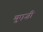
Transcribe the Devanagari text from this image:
युएज़ी